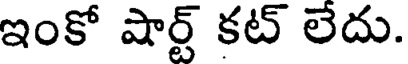
ఇంకో షార్ట్ కట్ లేదు.